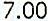
7.00